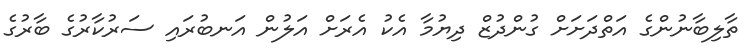
ތާލިބާނުންގެ އަތްދަށަށް ގުންދުޒް ދިޔުމާ އެކު އެރަށް އަލުން އަނބުރައި ސަރުކާރުގެ ބާރުގެ